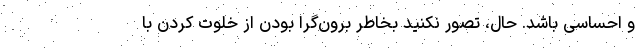
و احساسی باشد. حال، تصور نکنید بخاطر برون‌گرا بودن از خلوت کردن با